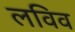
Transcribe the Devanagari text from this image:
लविव